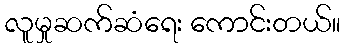
လူမှုဆက်ဆံရေး ကောင်းတယ်။